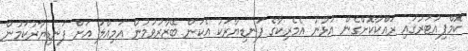
ކޮމްޕިއުޓަރުގައި ރައްކާކޮށްގެން އުޅުނު އެމެރިކާގެ ފަނޑިޔާރަކު އެކަން ބޭޒާރުވުމުން އަމިއްލަ އަށް ފަނޑިޔާރުކަމުން